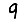
Digit: 9